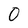
Character: O